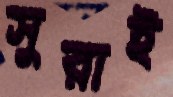
সুরাই